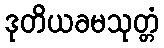
ဒုတိယခမသုတ္တံ